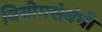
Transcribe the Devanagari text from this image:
वियोगसंबंधी